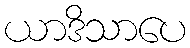
ယာဒိသာပေ